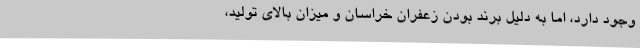
وجود دارد، اما به دلیل برند بودن زعفران خراسان و میزان بالای تولید،